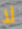
لا